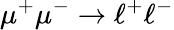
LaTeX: \mu^{+}\mu^{-}\to\ell^{+}\ell^{-}